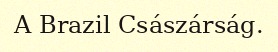
A Brazil Császárság.